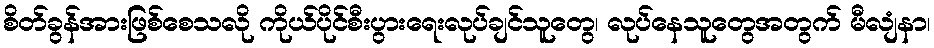
စိတ်ခွန်အားဖြစ်စေသလို ကိုယ်ပိုင်စီးပွားရေးလုပ်ချင်သူတွေ၊ လုပ်နေသူတွေအတွက် မီလျံနာ၊